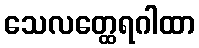
သေလတ္ထေရဂါထာ